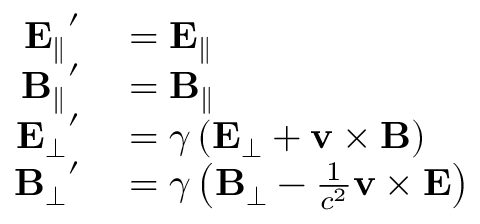
\begin{array} { r l } { \mathbf { E _ { \parallel } } ^ { \prime } } & { { } = \mathbf { E _ { \parallel } } } \\ { \mathbf { B _ { \parallel } } ^ { \prime } } & { { } = \mathbf { B _ { \parallel } } } \\ { \mathbf { E _ { \bot } } ^ { \prime } } & { { } = \gamma \left( \mathbf { E } _ { \bot } + \mathbf { v } \times \mathbf { B } \right) } \\ { \mathbf { B _ { \bot } } ^ { \prime } } & { { } = \gamma \left( \mathbf { B } _ { \bot } - { \frac { 1 } { c ^ { 2 } } } \mathbf { v } \times \mathbf { E } \right) } \end{array}